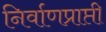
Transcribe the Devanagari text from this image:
निर्वाणप्राप्ती